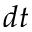
d t